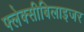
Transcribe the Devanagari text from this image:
फ्लेक्सीबिलाइजर